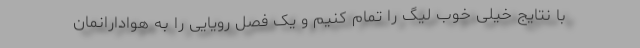
با نتایج خیلی خوب لیگ را تمام کنیم و یک فصل رویایی را به هوادارانمان